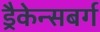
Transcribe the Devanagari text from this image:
ड्रैकेन्सबर्ग